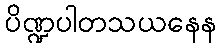
ပိဏ္ဍပါတသယနေန